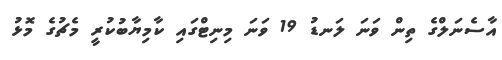
އާސެނަލްގެ ތިން ވަނަ ލަނޑު 19 ވަނަ މިނިޓްގައި ކާމިޔާބުކުރީ މެޗުގެ މޮޅު